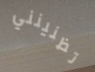
تظنينني